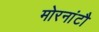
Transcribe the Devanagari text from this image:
मोरनांटौ